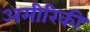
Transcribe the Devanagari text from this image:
अमीरिकी